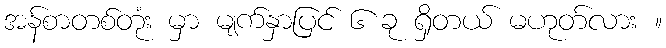
အန်စာတစ်တုံး မှာ မျက်နှာပြင် ၆ ခု ရှိတယ် မဟုတ်လား ။